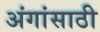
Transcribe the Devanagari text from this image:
अंगांसाठी